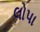
લોપા